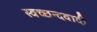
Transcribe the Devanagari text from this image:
स्वच्छन्दवादी